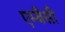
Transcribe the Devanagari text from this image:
एम्बैसी